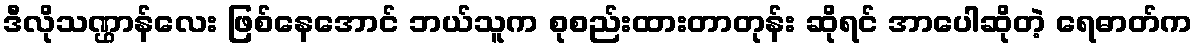
ဒီလိုသဏ္ဌာန်လေး ဖြစ်နေအောင် ဘယ်သူက စုစည်းထားတာတုန်း ဆိုရင် အာပေါဆိုတဲ့ ရေဓာတ်က